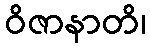
ဝိဇာနာတိ၊